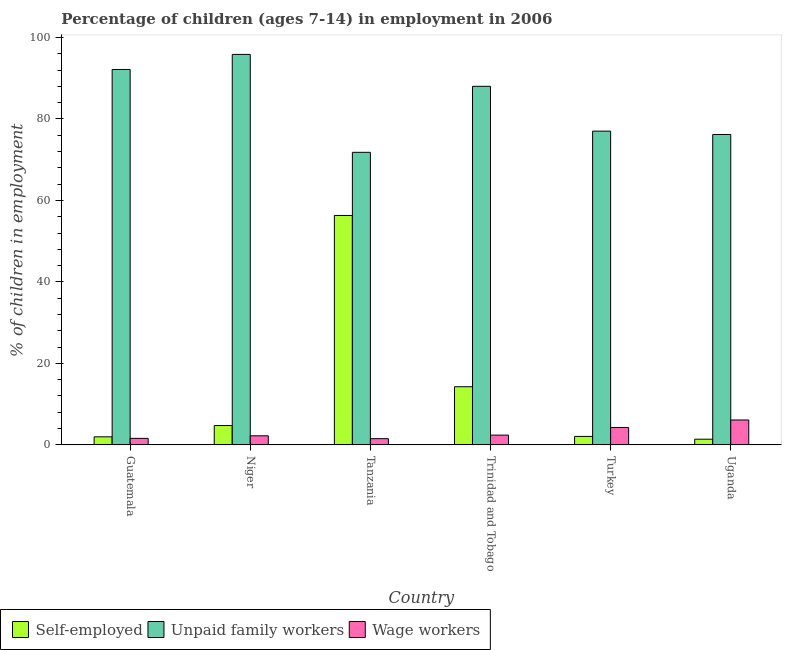
| Country | Self-employed | Unpaid family workers | Wage workers |
 | --- | --- | --- | --- |
 | Guatemala | 1.98 | 92.1 | 1.6 |
 | Niger | 4.75 | 95.8 | 2.23 |
 | Tanzania | 56.3 | 71.8 | 1.53 |
 | Trinidad and Tobago | 14.3 | 88 | 2.4 |
 | Turkey | 2.08 | 77 | 4.28 |
 | Uganda | 1.4 | 76.2 | 6.11 |